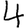
Digit: 4